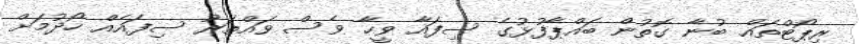
ރިޕޯޓްތައް ބުނާ ގޮތުން ބައްޕާފުޅުގެ ސިފައާ ވީހާ ވެސް ވައްތަރު ސިފައެއް ހޯދުމަށް